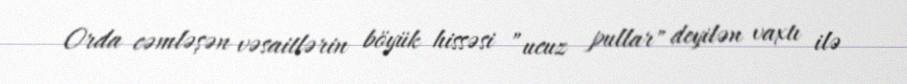
Orda cəmləşən vəsaitlərin böyük hissəsi ”ucuz pullar" deyilən vaxtı ilə